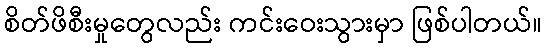
စိတ်ဖိစီးမှုတွေလည်း ကင်းဝေးသွားမှာ ဖြစ်ပါတယ်။